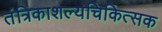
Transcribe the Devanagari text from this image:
तंत्रिकाशल्यचिकित्सक